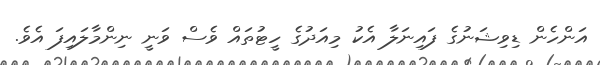
އަންހެން ޑިވިޝަނުގެ ފައިނަލާ އެކު މިއަދުގެ ހީޓުތައް ވެސް ވަނީ ނިންމާލައިފަ އެވެ.